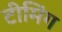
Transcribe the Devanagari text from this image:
टीमिंग